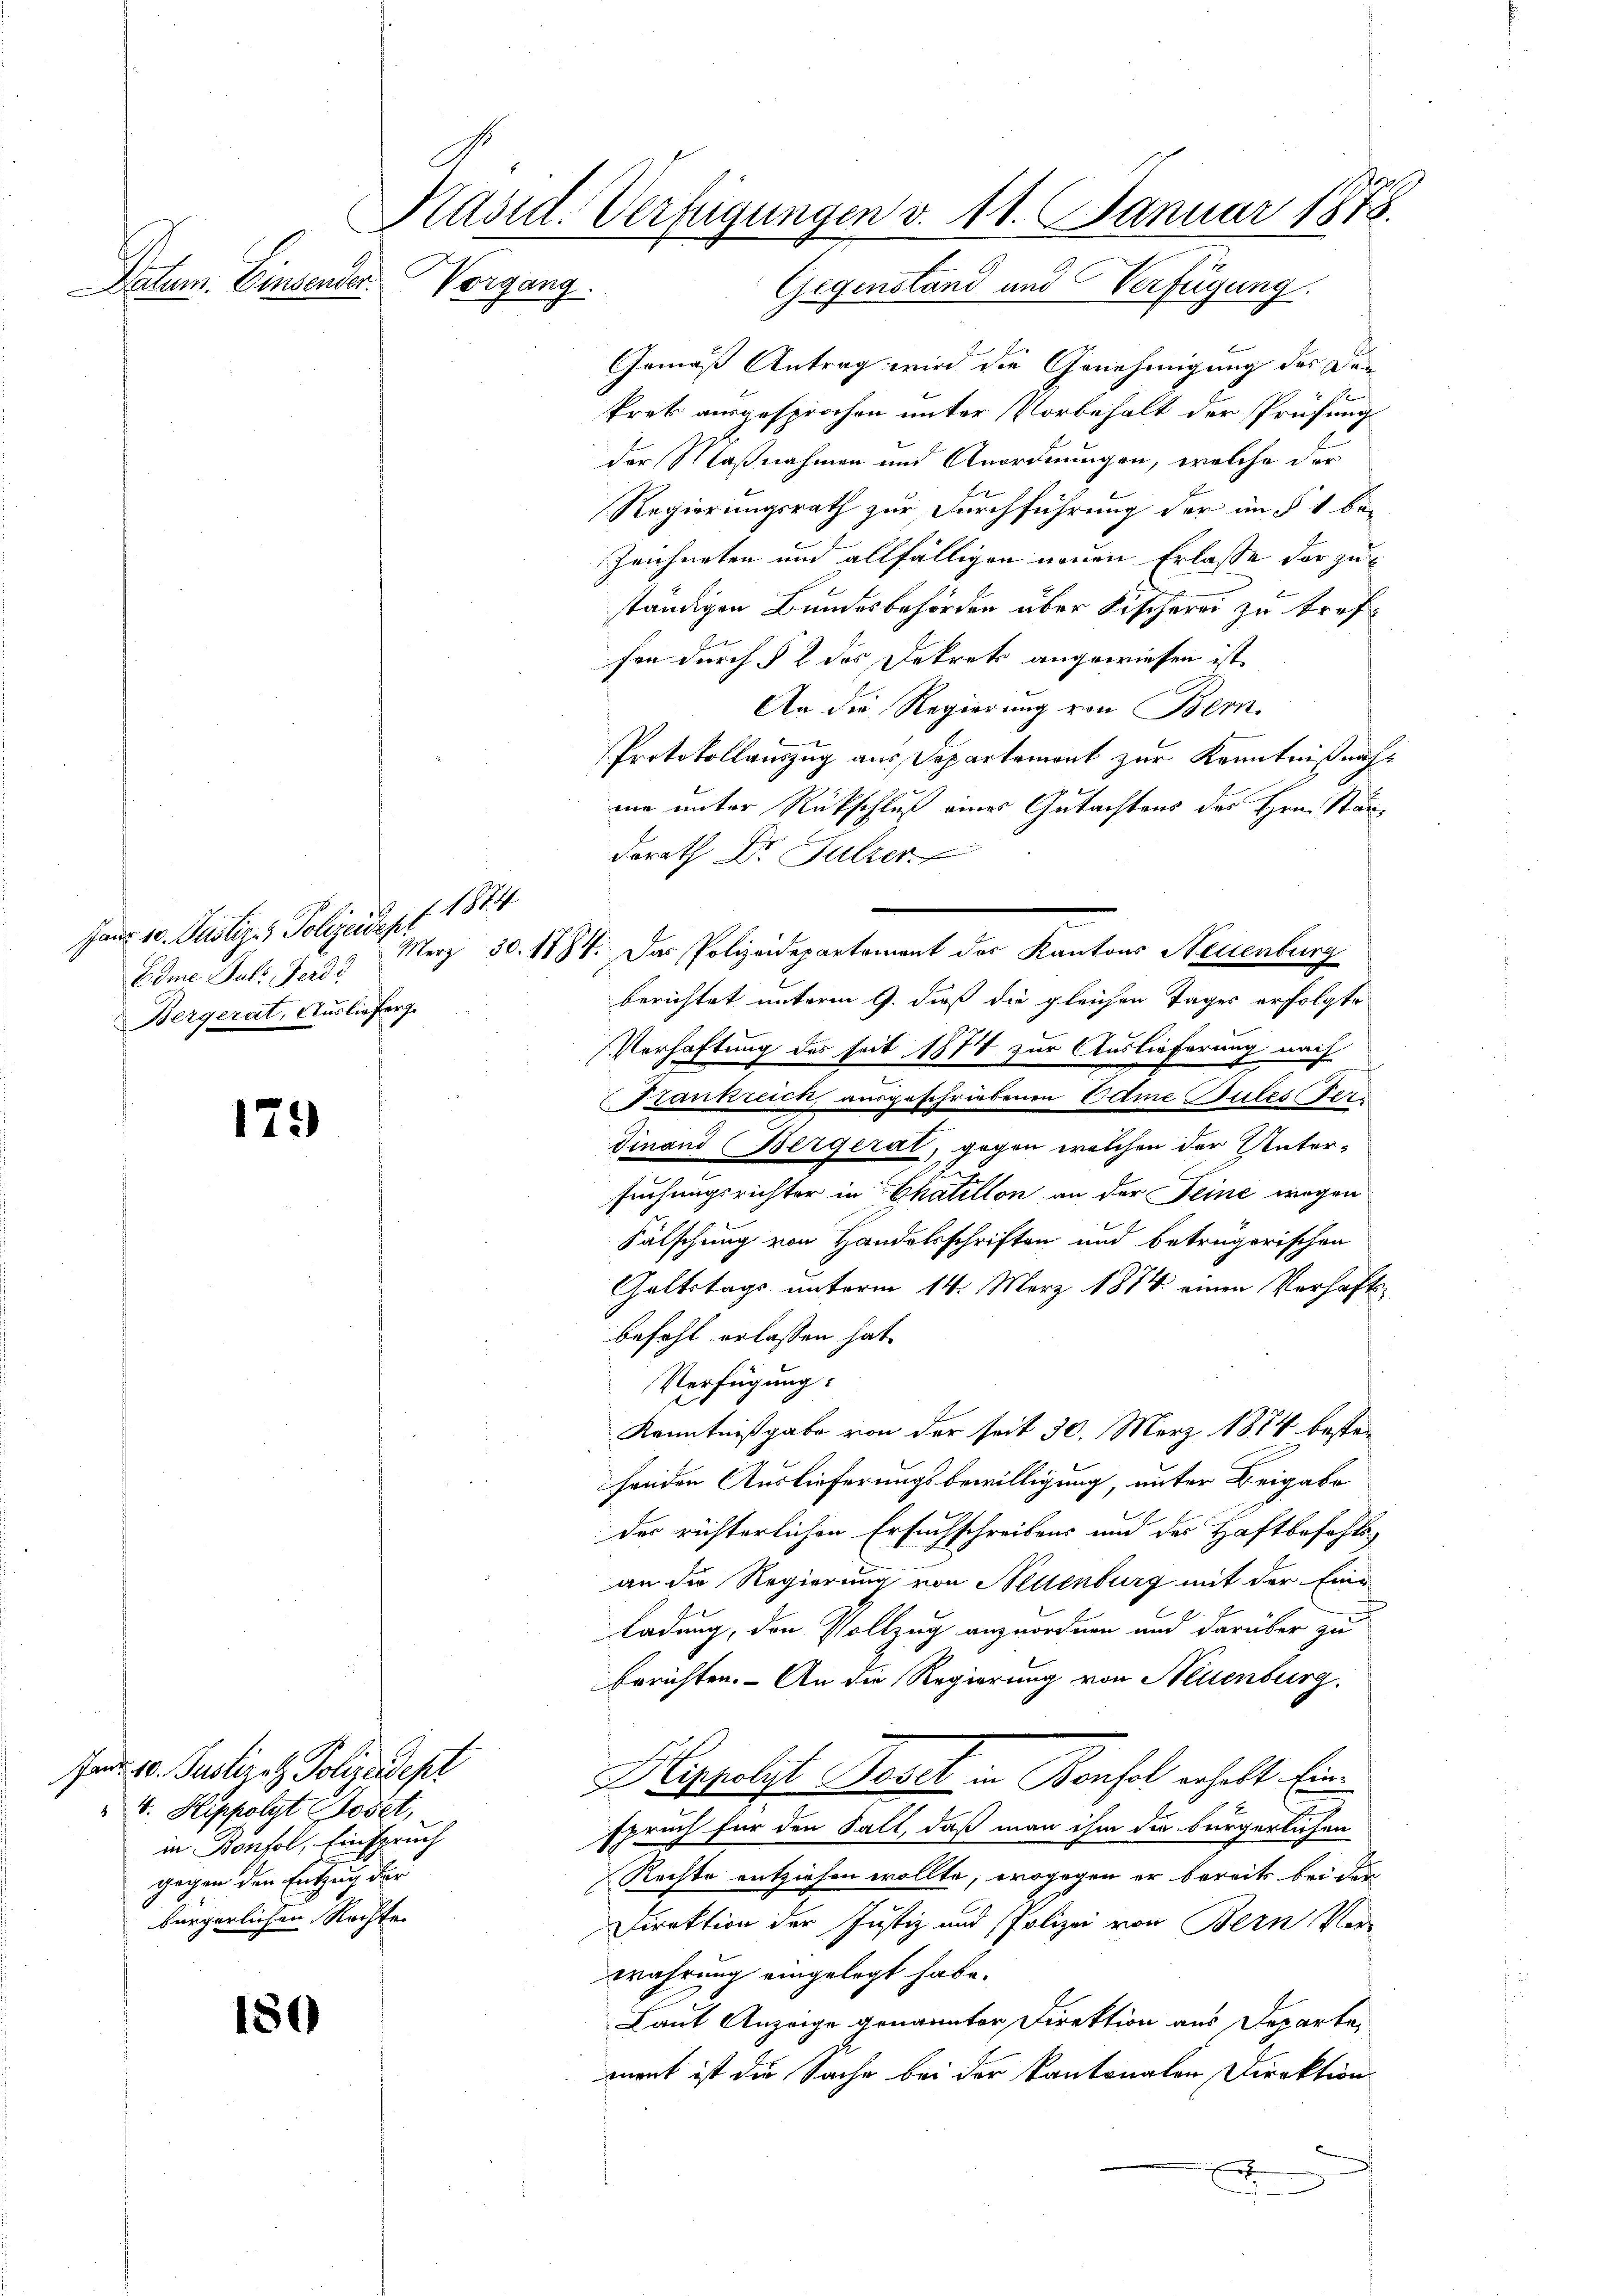
Datum. Einsender.

Hans 10. Justiz & Polizeidepf 1874
Edme Puls Ferdi
Bergerat, Auslieferge

175

fad. 10. Justizatz Polizeidept
V. Hippolyt Bovet,
in Benfel, Einspruch
gegen den Entzug der
bürgerlichen Rechte.

180

Päsid. Verfügungen v. 11. Januar 1878.
Vorgang.
Gegenstand und Verfügung.

Gemäß Antrag wird die Genehmigung des Dor
1
Prek ausgesprochen unter Vorbehalt der Prüfung
der Maßnahmen und Anordnungen, welche der
Regierungsrath zur Durchführung der in § 1 be¬
Zeichneten und allfälligen neuen Erlasse der zuständigen Bundesbehörden über Fischerei zu treffen durch § 2 des Dekrets angewiesen ist.
An die Regierung von Bern,
Protokollauszug aus Departemont zur Kenntniß nach
mir unter Rückschluß eines Gutachtens des Hrn. Ständorath Dr. Sulzer
Merz 30. 1784. Das Polizeidepartement des Kantons Neuenburg
berichtet unterm 9. daß die gleichen Tages erfolgte
Verhaftung des seit 1874 zur Auslieferung nach
Frankreich, ausgeschriebenen Edme Bules Fer¬
Finand (Bergerat, gegen welchen der Unter-
22
suchungsrichter in Chatillon an der Seine wegen
Fälschung von Handelsschriften und betrügerischen
Galtstags unterm 14. März 1874 einen Verhafts
befahl erlassen hat.
Verfügung:
Kenntnißgabe von der seit 30. Merz 1874 besten
handen Auslieferungsbewilligung, unter Beigabe
des richterlichen Ersuchschreibens und der Haftbefehlsan die Regierung von Neuenburg mit der Einladung, den Vollzug anzuordnen und darüber zu
berichten. - An die Regierung von Neuenburg
Hlippolst Posch in Konsol erhalt, lie
spruch für den Fall, daß man ihm die bürgerlichen
Rechte entziehen wollte, wogegen er bereits bei der
Direktion der Justiz und Polizei von Bern Ver-
wahrung eingelegt habe.
Laut Anzeige genannter Direktion aus Departe,
ment ist die Sache bei der Kantonalen Direktion
u